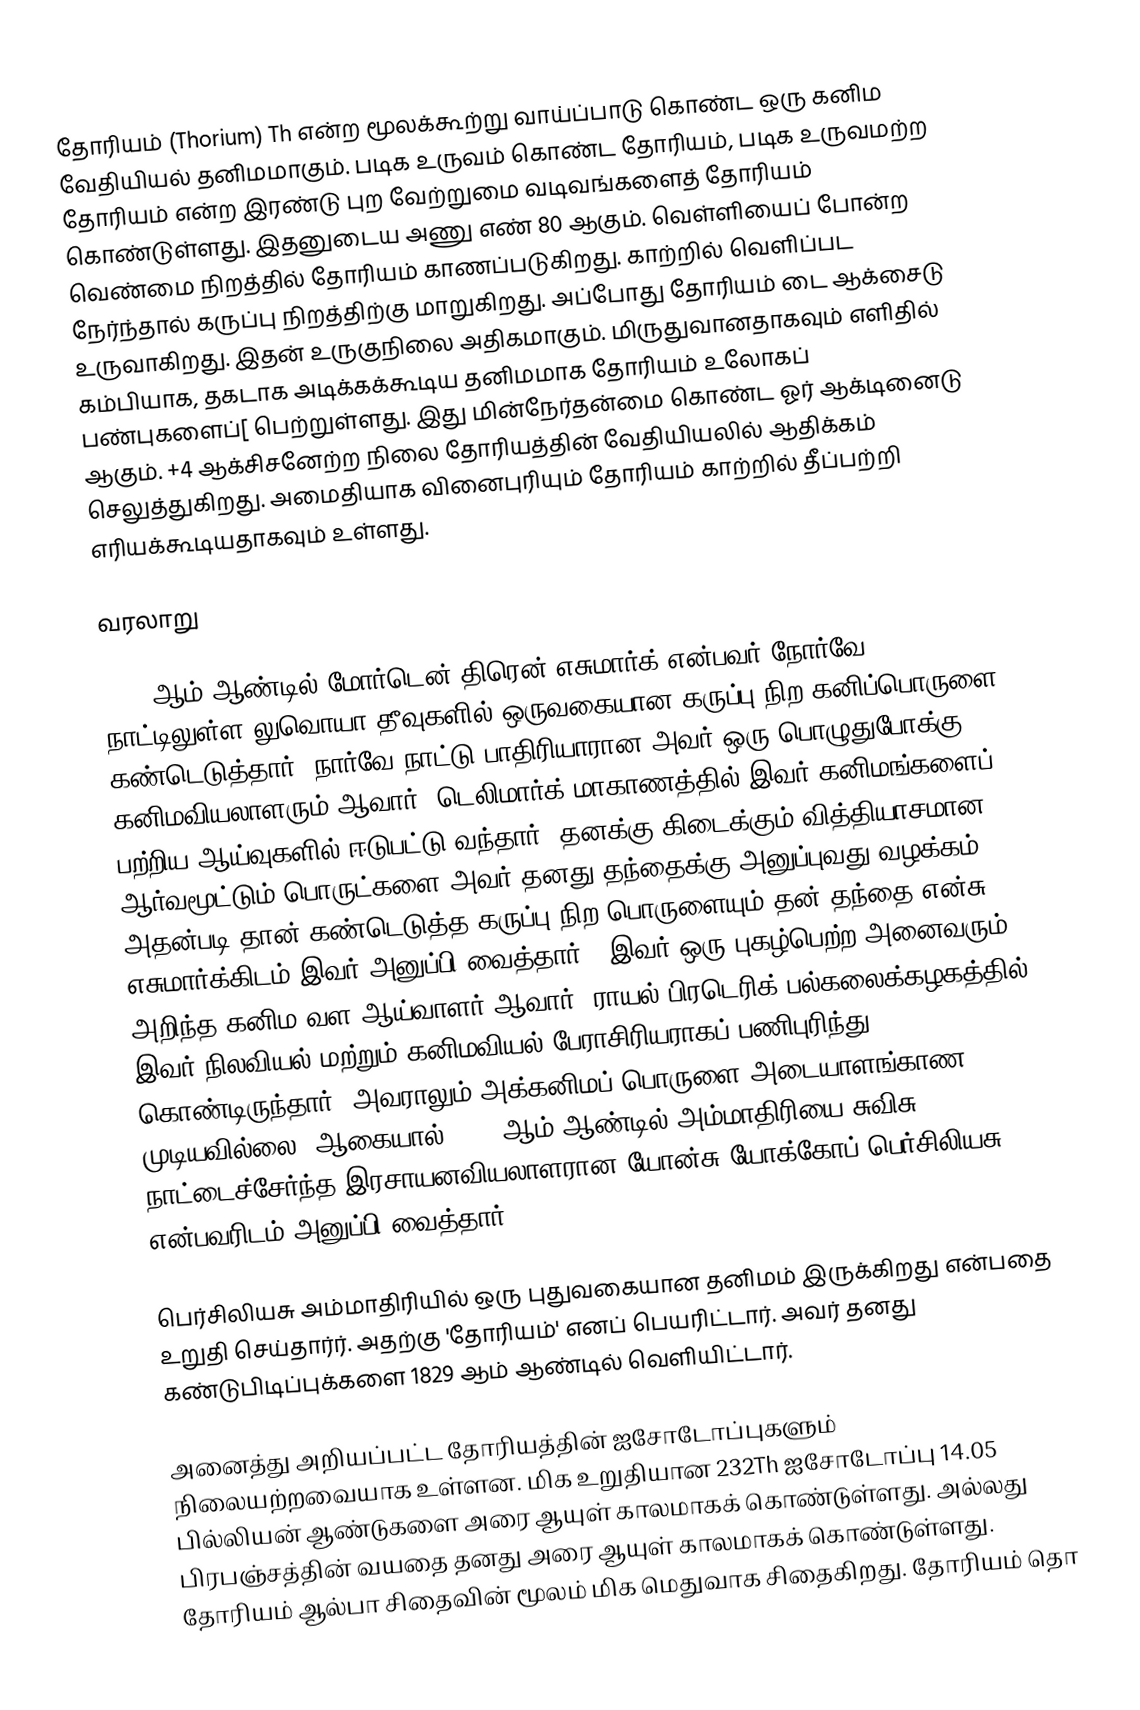
தோரியம் (Thorium)  Th என்ற மூலக்கூற்று வாய்ப்பாடு கொண்ட ஒரு கனிம வேதியியல் தனிமமாகும். படிக உருவம் கொண்ட தோரியம், படிக உருவமற்ற தோரியம் என்ற இரண்டு புற வேற்றுமை வடிவங்களைத் தோரியம் கொண்டுள்ளது. இதனுடைய அணு எண் 80 ஆகும். வெள்ளியைப் போன்ற வெண்மை நிறத்தில் தோரியம் காணப்படுகிறது. காற்றில் வெளிப்பட நேர்ந்தால் கருப்பு நிறத்திற்கு மாறுகிறது. அப்போது தோரியம் டை ஆக்சைடு உருவாகிறது. இதன் உருகுநிலை அதிகமாகும். மிருதுவானதாகவும் எளிதில் கம்பியாக, தகடாக அடிக்கக்கூடிய தனிமமாக தோரியம் உலோகப் பண்புகளைப்[ பெற்றுள்ளது. இது மின்நேர்தன்மை கொண்ட ஓர் ஆக்டினைடு ஆகும். +4 ஆக்சிசனேற்ற நிலை தோரியத்தின் வேதியியலில் ஆதிக்கம் செலுத்துகிறது. அமைதியாக வினைபுரியும் தோரியம் காற்றில் தீப்பற்றி எரியக்கூடியதாகவும் உள்ளது.

வரலாறு

1828 ஆம் ஆண்டில் மோர்டென் திரென் எசுமார்க் என்பவர்  நோர்வே நாட்டிலுள்ள லுவொயா தீவுகளில் ஒருவகையான கருப்பு நிற கனிப்பொருளை கண்டெடுத்தார்.  நார்வே நாட்டு பாதிரியாரான அவர் ஒரு பொழுதுபோக்கு கனிமவியலாளரும் ஆவார். டெலிமார்க் மாகாணத்தில் இவர் கனிமங்களைப் பற்றிய ஆய்வுகளில் ஈடுபட்டு வந்தார். தனக்கு கிடைக்கும் வித்தியாசமான ஆர்வமூட்டும் பொருட்களை அவர் தனது தந்தைக்கு அனுப்புவது வழக்கம். அதன்படி தான் கண்டெடுத்த கருப்பு நிற பொருளையும் தன் தந்தை என்சு எசுமார்க்கிடம்  இவர் அனுப்பி வைத்தார்.. இவர் ஒரு புகழ்பெற்ற அனைவரும் அறிந்த கனிம வள ஆய்வாளர் ஆவார். ராயல் பிரடெரிக் பல்கலைக்கழகத்தில் இவர் நிலவியல் மற்றும் கனிமவியல் பேராசிரியராகப் பணிபுரிந்து கொண்டிருந்தார். அவராலும் அக்கனிமப் பொருளை அடையாளங்காண முடியவில்லை. ஆகையால் 1828 ஆம் ஆண்டில் அம்மாதிரியை சுவிசு நாட்டைச்சேர்ந்த இரசாயனவியலாளரான யோன்சு யோக்கோப் பெர்சிலியசு என்பவரிடம் அனுப்பி வைத்தார்.

பெர்சிலியசு அம்மாதிரியில் ஒரு புதுவகையான தனிமம் இருக்கிறது என்பதை உறுதி செய்தார்ர். அதற்கு 'தோரியம்' எனப் பெயரிட்டார்.  அவர் தனது கண்டுபிடிப்புக்களை 1829 ஆம் ஆண்டில் வெளியிட்டார்.

அனைத்து அறியப்பட்ட தோரியத்தின் ஐசோடோப்புகளும் நிலையற்றவையாக உள்ளன. மிக உறுதியான 232Th ஐசோடோப்பு 14.05 பில்லியன் ஆண்டுகளை அரை ஆயுள் காலமாகக் கொண்டுள்ளது. அல்லது பிரபஞ்சத்தின் வயதை தனது அரை ஆயுள் காலமாகக் கொண்டுள்ளது.  தோரியம் ஆல்பா சிதைவின் மூலம் மிக மெதுவாக சிதைகிறது.  தோரியம் தொ